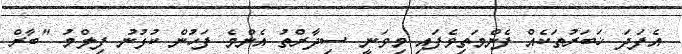
އެފަދަ ޚަބަރުތަކެއް ފެންމަތިވެފައި މިވަނީ ސިދާރްތު އެންމެ ފަހުން ކުޅުނު ފިލްމު "ބާރް